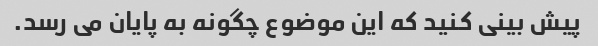
پیش بینی کنید که این موضوع چگونه به پایان می رسد.